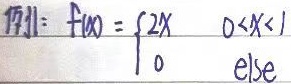
例1：$f(x)=\begin{cases}2x&0<x<1\\0& \text{else}\end{cases}$